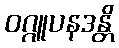
ဝဂ္ဂူပနဒန္တိ